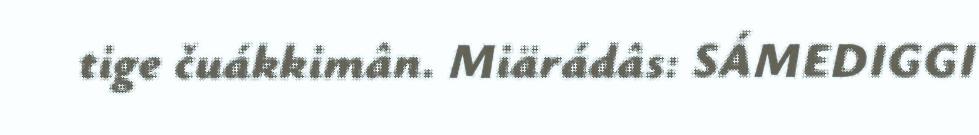
tige čuákkimân. Miärádâs: SÁMEDIGGI